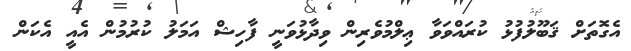
އެގޮތަށް ޤަބޫލުފުޅު ކުރައްވަވާ ޢިލްމުވެރިން ވިދާޅުވަނީ ފާހިޝް އަމަލު ކުރުމުން އެއީ އެކަން